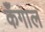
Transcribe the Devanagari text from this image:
कँगाल